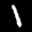
Label: 1